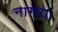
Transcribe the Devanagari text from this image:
नागरा।